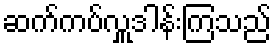
ဆက်ကပ်လှူဒါန်းကြသည်